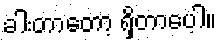
ခါးတာတော့ ရှိတာပေ့ါ။